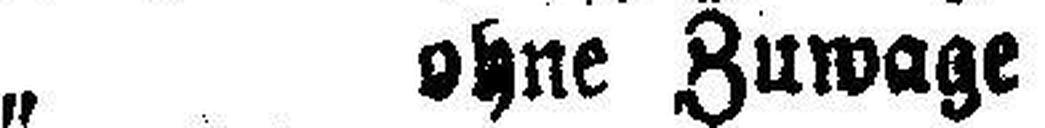
„ ohne Zuwage